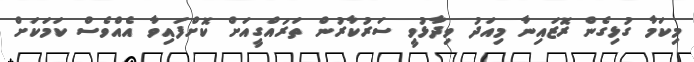
މިކަމާ ގުޅިގެން ރޮޒައިނާ މިއަދު ވިދާޅުވީ ސަރުކާރުން ތަރައްގީއަށް ކޮށްފައިވާ އެއްވެސް ކަމަކަށް